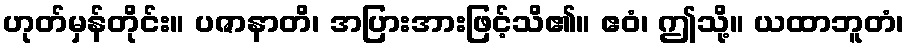
ဟုတ်မှန်တိုင်း။ ပဇာနာတိ၊ အပြားအားဖြင့်သိ၏။ ဧဝံ၊ ဤသို့။ ယထာဘူတံ၊